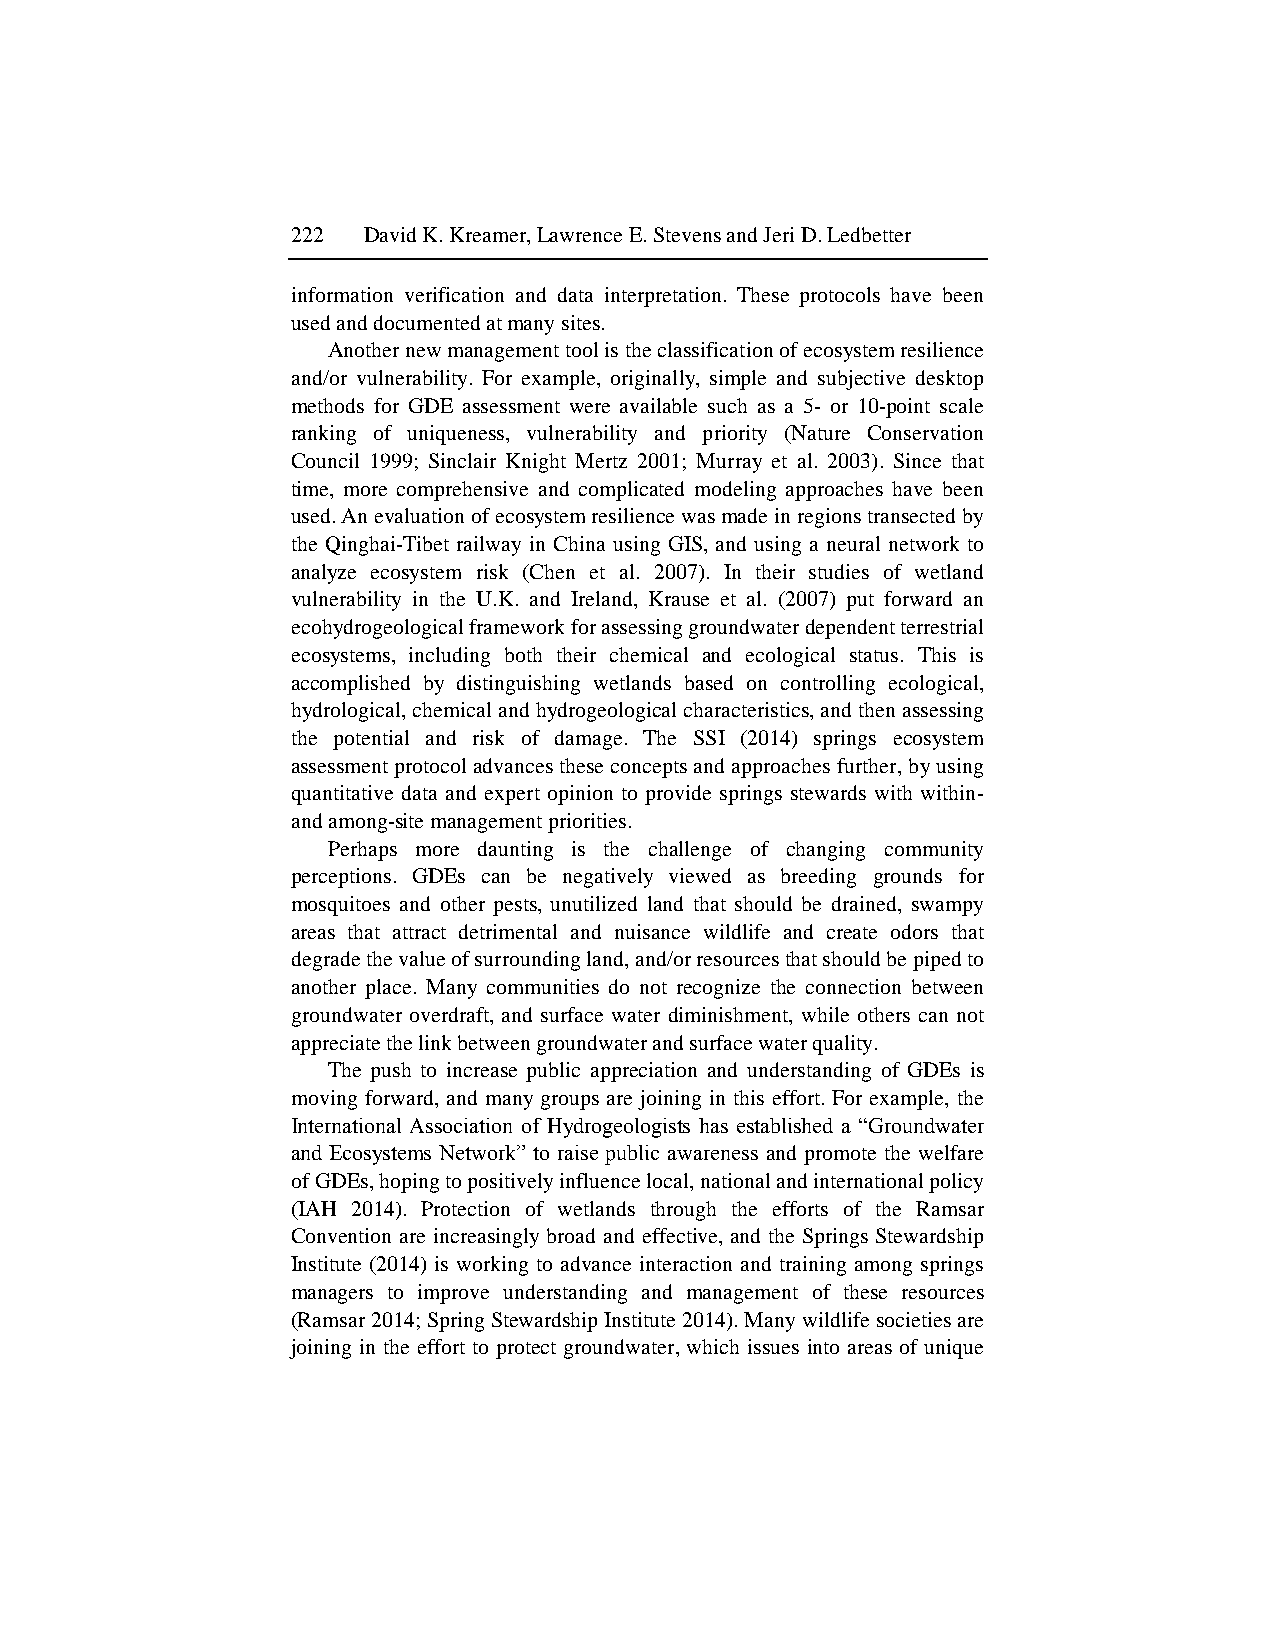
222  David K. Kreamer, Lawrence E. Stevens and Jeri D. Ledbetter
 information verification and data interpretation. These protocols have been
 used and documented at many sites.
 Another new management tool is the classification of ecosystem resilience
 and/or vulnerability. For example, originally, simple and subjective desktop
 methods for GDE assessment were available such as a 5- or 10-point scale
 ranking of uniqueness, vulnerability and priority (Nature Conservation
 Council 1999; Sinclair Knight Mertz 2001; Murray et al. 2003). Since that
 time, more comprehensive and complicated modeling approaches have been
 used. An evaluation of ecosystem resilience was made in regions transected by
 the Qinghai-Tibet railway in China using GIS, and using a neural network to
 analyze ecosystem risk (Chen et al. 2007). In their studies of wetland
 vulnerability in the U.K. and Ireland, Krause et al. (2007) put forward an
 ecohydrogeological framework for assessing groundwater dependent terrestrial
 ecosystems, including both their chemical and ecological status. This is
 accomplished by distinguishing wetlands based on controlling ecological,
 hydrological, chemical and hydrogeological characteristics, and then assessing
 the potential and risk of damage. The SSI (2014) springs ecosystem
 assessment protocol advances these concepts and approaches further, by using
 quantitative data and expert opinion to provide springs stewards with within-
 and among-site management priorities.
 Perhaps more daunting is the challenge of changing community
 perceptions. GDEs can be negatively viewed as breeding grounds for
 mosquitoes and other pests, unutilized land that should be drained, swampy
 areas that attract detrimental and nuisance wildlife and create odors that
 degrade the value of surrounding land, and/or resources that should be piped to
 another place. Many communities do not recognize the connection between
 groundwater overdraft, and surface water diminishment, while others can not
 appreciate the link between groundwater and surface water quality.
 The push to increase public appreciation and understanding of GDEs is
 moving forward, and many groups are joining in this effort. For example, the
 International Association of Hydrogeologists has established a “Groundwater
 and Ecosystems Network” to raise public awareness and promote the welfare
 of GDEs, hoping to positively influence local, national and international policy
 (IAH 2014). Protection of wetlands through the efforts of the Ramsar
 Convention are increasingly broad and effective, and the Springs Stewardship
 Institute (2014) is working to advance interaction and training among springs
 managers to improve understanding and management of these resources
 (Ramsar 2014; Spring Stewardship Institute 2014). Many wildlife societies are
 joining in the effort to protect groundwater, which issues into areas of unique